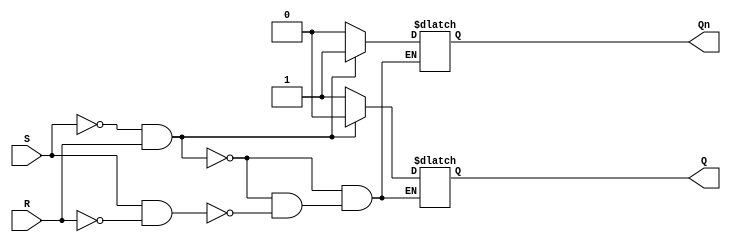
//sr latch

module SR(
	input S,R,
	output Q, Qn
);

reg regQn;
reg regQ;

always@(S,R)
	begin
		if((S == 0) && (R == 1))
			begin
				regQ = 0;
				regQn = 1;
			end
		else if((S == 1) && (R == 0))
			begin
				regQ = 1;
				regQn = 0;	
			end
		else 
			begin
				regQ <= regQ;
				regQn <= regQn;
			end
	end
	
assign Q = regQ;
assign Qn = regQn;
	
endmodule